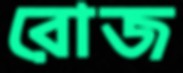
রোজ